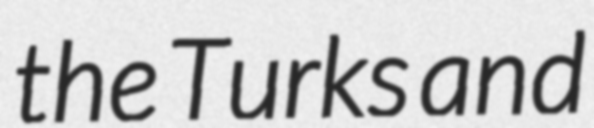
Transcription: the Turks and